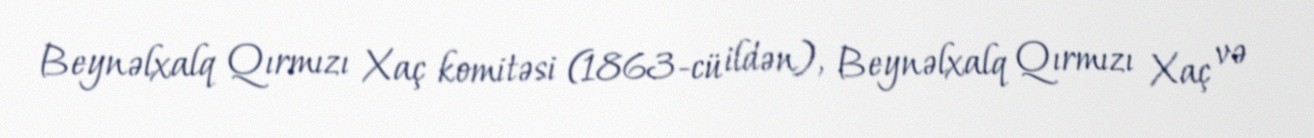
Beynəlxalq Qırmızı Xaç komitəsi (1863-cü ildən), Beynəlxalq Qırmızı Xaç və